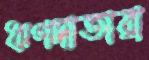
ঋণদাতারা